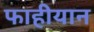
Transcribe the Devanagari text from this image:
फाहीयान